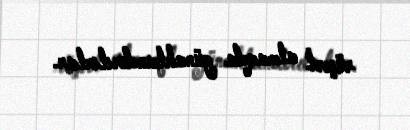
rüşvət almaqda günahlandırılırlar.